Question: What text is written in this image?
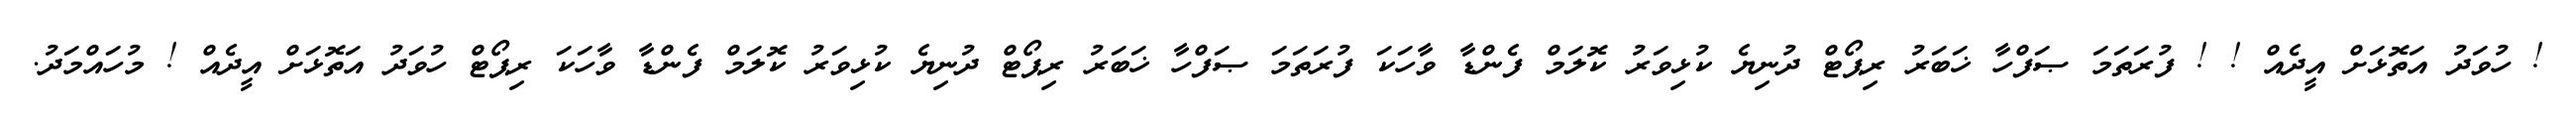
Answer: ! ހުވަދު އަތޮޅަށް އީދެއް ! ! ފުރަތަމަ ޞަފްހާ ޚަބަރު ރިޕޯޓް ދުނިޔެ ކުޅިވަރު ކޮލަމް ފެންޑާ ވާހަކަ ފުރަތަމަ ޞަފްހާ ޚަބަރު ރިޕޯޓް ދުނިޔެ ކުޅިވަރު ކޮލަމް ފެންޑާ ވާހަކަ ރިޕޯޓް ހުވަދު އަތޮޅަށް އީދެއް ! މުހައްމަދު.